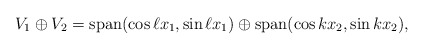
\begin{align*}V_1 \oplus V_2 = \mathrm{span}(\cos \ell x_1, \sin \ell x_1) \oplus \mathrm{span}(\cos k x_2, \sin k x_2), \end{align*}